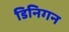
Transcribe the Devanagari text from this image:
डिनिगन